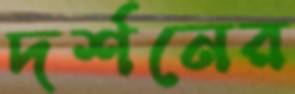
দর্শনের